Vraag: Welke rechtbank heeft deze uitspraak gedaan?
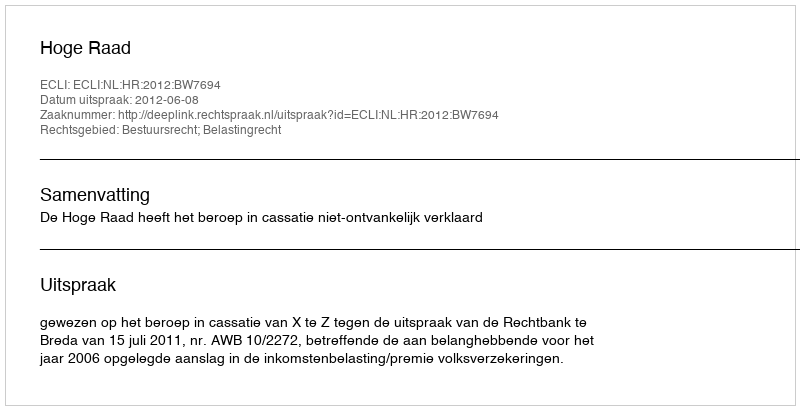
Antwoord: Hoge Raad